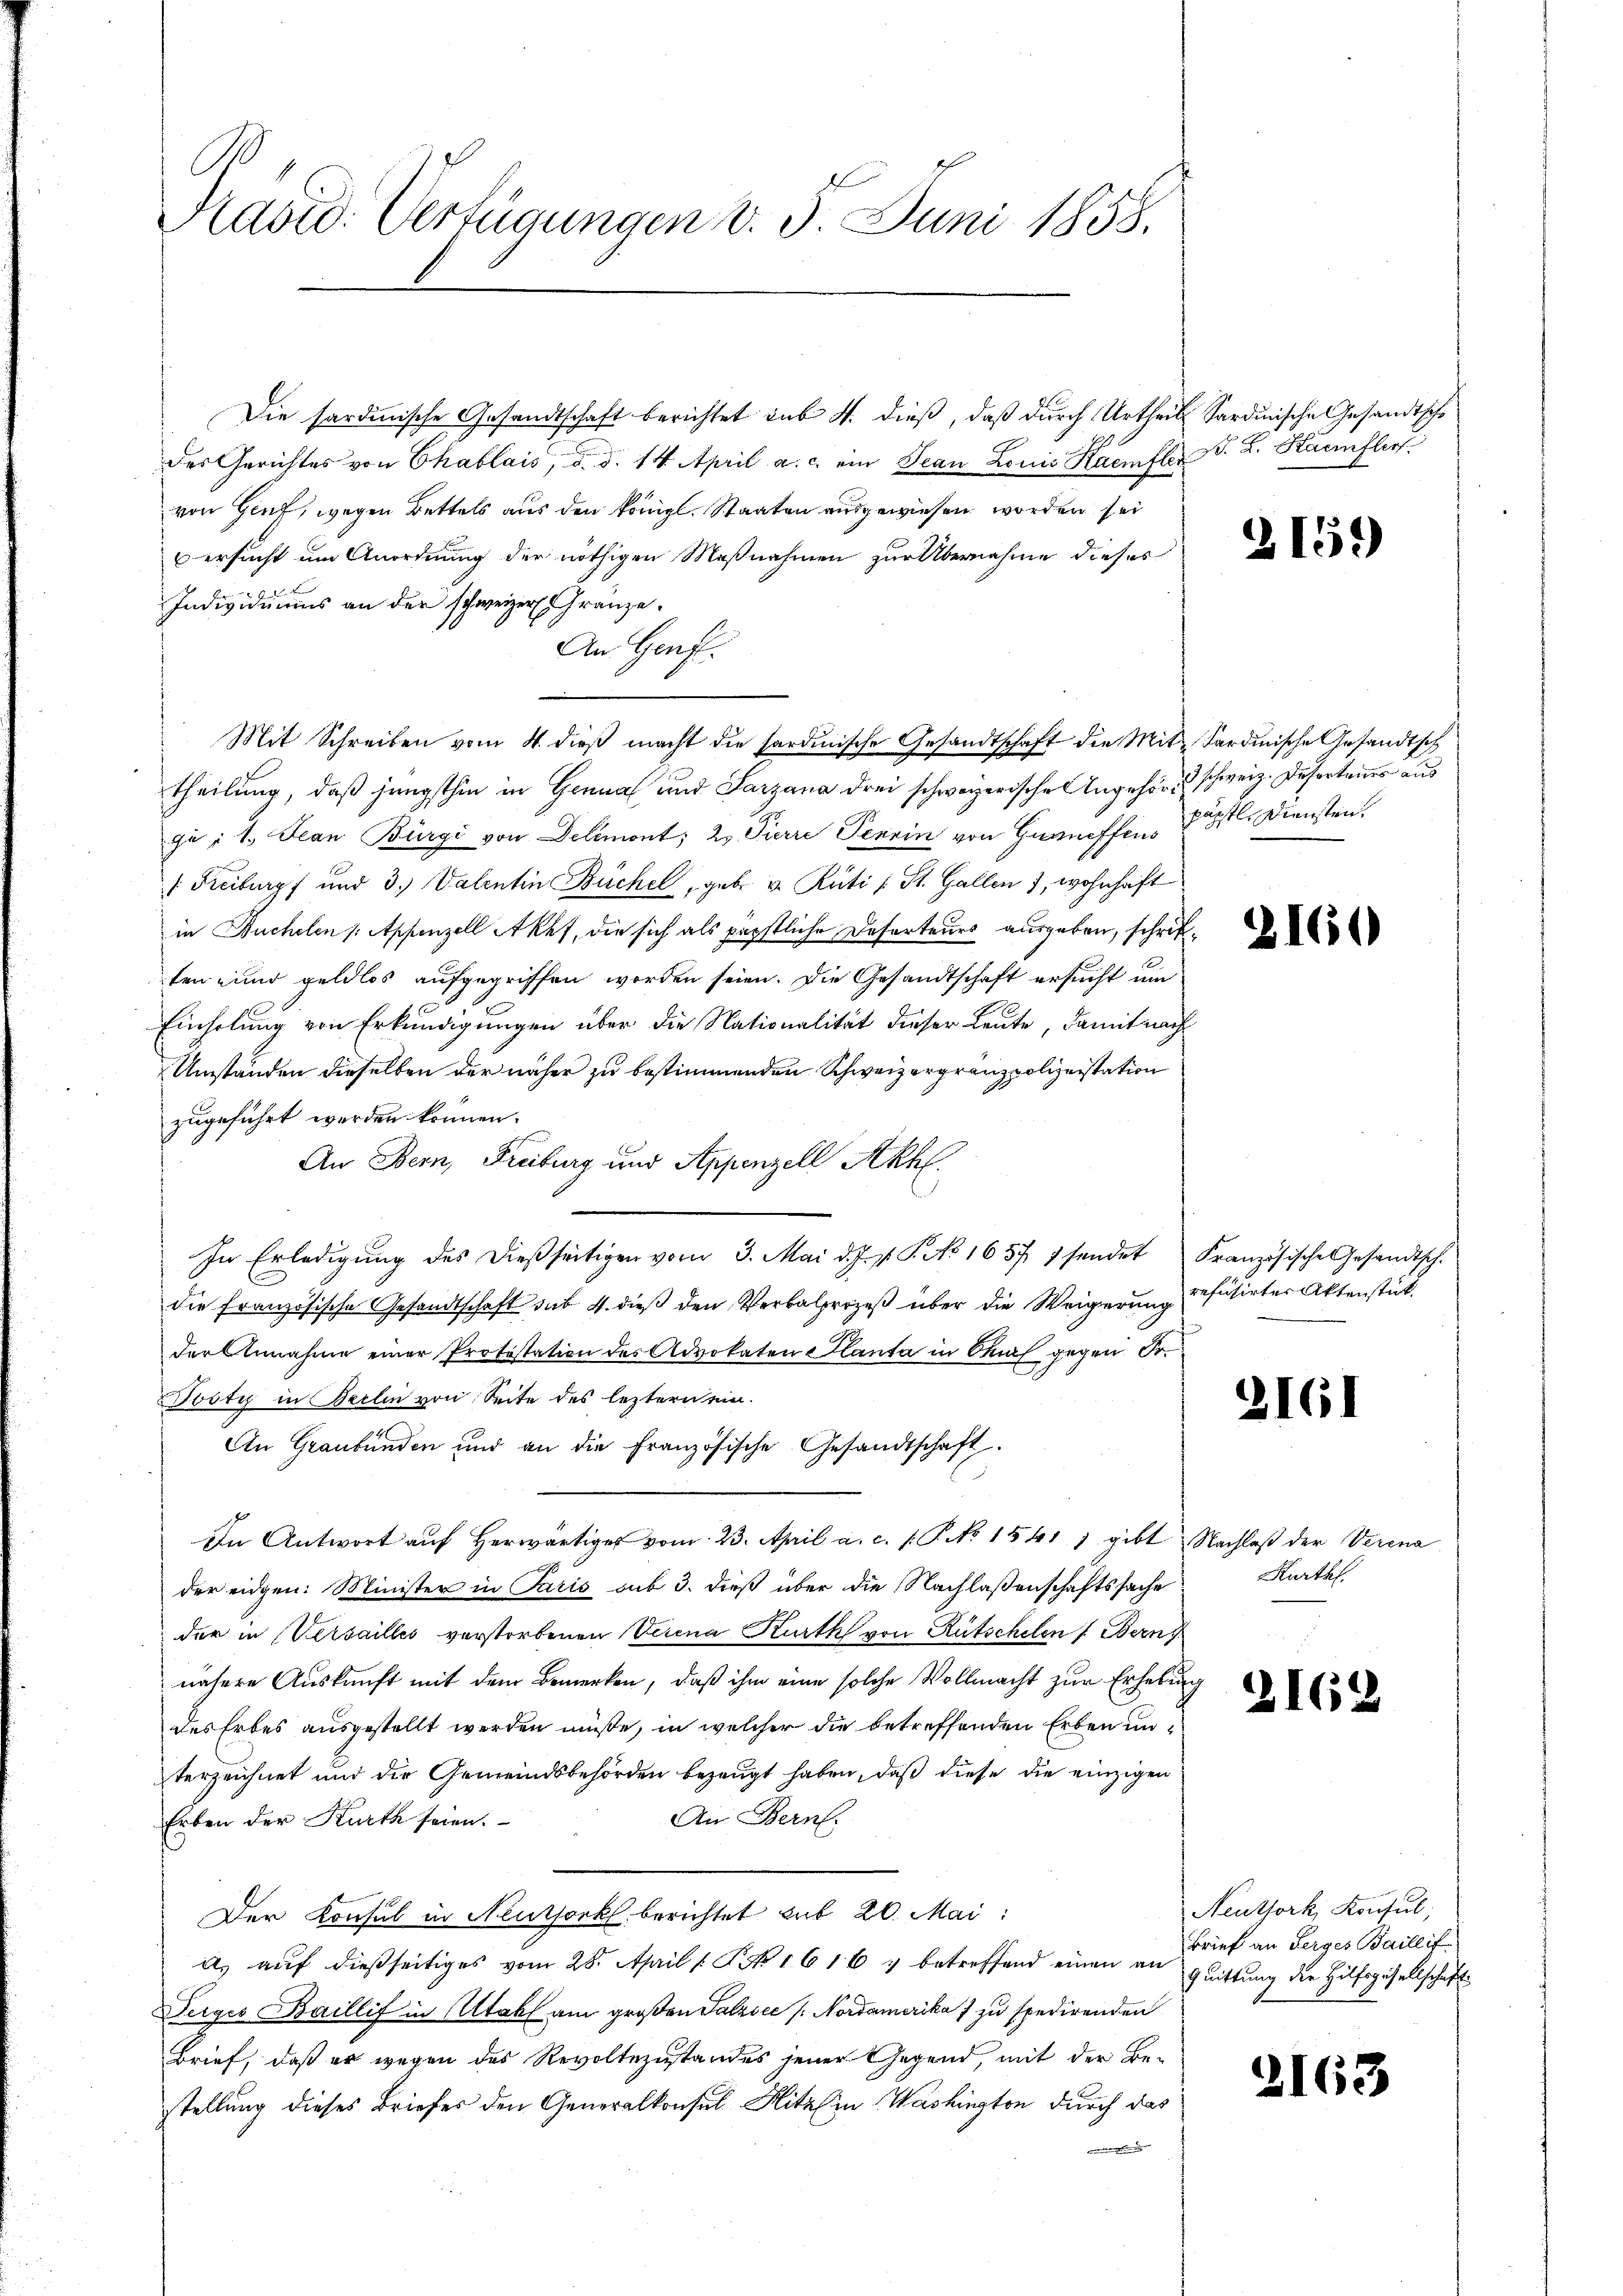
Rasid. Verfügungen v. 3. Juni 1858.

Die sardinische Gesandtschaft berichtet sub 4. dieß, daß durch Urtheil Sardinische Gesandtsche
des Gerichtes von Chablais, d. d. 14. April a. c. ein Jean Louis Haemfler B. L. Kaufler
von Genf, wegen Bettels aus den königl. Staaten ausgewiesen worden sei
 ersucht um Anordnung der nöthigen Maßnahmen zur Übernahme dieses

Individuums an der schweizer Gränze.
An Genf.
Mit Schreiben vom 4. dieß macht die sardinische Gesandtschaft die Mit-Sardinische Gesandtsch
theilung, daß jüngsthin in Genua und Tarzana drei schweizerische Angehöre schweiz. Desertanes aus
zu : 1. Jean Bürgi von Delimont; 2. Pierre Pennin von Garniffens st. Diensten.
Freiburg und 3. Valentin Büchel, geb. v. Rüti (St. Gallen 7, wohnhaft
in Buchelen /: Appenzell Akpf, die sich als päpstliche Deserteurs ausgeben, schriftten und geldlos aufgegriffen worden seien. Die Gesandtschaft ersucht um
Einholung von Erkundigungen über die Nationalität dieser Leute, damit nach
Umständen dieselben der näher zu bestimmenden Schweizergranzpolizeistation
zugeführt werden können.
An Bern, Freiburg und Appenzell Akhl.
In Erledigung des dießseitigen vom 3. Mai d. J. J. P. No 1657 7 sendet
die Französische Gesandtschaft sub 4. dieß den Verbalprozeß über die Weigerung refusirter Aktenstätder Annahme einer Protestation des Advokaten Planta in Straf gegen Fr.
Dosty in Berlin von Seite des leztern ein.
An Graubünden und an die Französische Gesandtschaft
In Antwort aŭf herwärtiger vom 23. April a. c. /. P. No 1541 ) gibt Nachlaß der Verena
der eidgen: Minister in Paris auf 3. dieß über die Nachlaßenschaftssache
der in Versailles verstorbenen Verena Kurth von Rutschelen (Bern
nähere Auskunft mit dem Bemerken, daß ihm eine solche Vollmacht zur Erhebung
des Erbes ausgestellt werden müße, in welcher die betreffenden Erben unterzeichnet und der Gemeindsbehörden bezeugt haben, daß diese die einzigen
An Bern.
Erben der Kurth seien.
Der Konsul in Neuthork berichtet hat 20. Mai:
a, auf dießseitiges vom 28. April 1. P. 1616 & betreffend einen an quittung die Hilfsgesellschaft
Derges Baillif in Utahl am großen Salzsec /: Nordamerika 7 zu spedirenden
Brief, daß er wegen des Revoltezustandes jener Gegend, mit der Be-
stellung dieses Briefer den Generalkonsul Hitz in Washington durch das
 des

2159

2160

Französisches Gesandtsch.

2161

Kurthl.

2162

Neuthork, Konsul,
Brief an Berges Baillif

2163